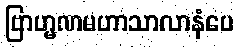
ဗြာဟ္မဏမဟာသာလာနံပေ